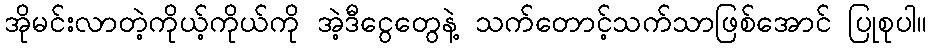
အိုမင်းလာတဲ့ကိုယ့်ကိုယ်ကို အဲ့ဒီငွေတွေနဲ့ သက်တောင့်သက်သာဖြစ်အောင် ပြုစုပါ။